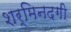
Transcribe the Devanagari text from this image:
शर्मिनदगी